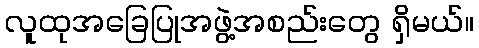
လူထုအခြေပြုအဖွဲ့အစည်းတွေ ရှိမယ်။